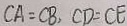
C A = C B , C D = C E